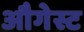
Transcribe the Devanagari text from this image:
औगेस्ट